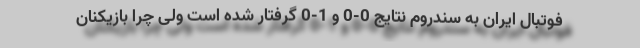
فوتبال ایران به سندروم نتایج 0-0 و 1-0 گرفتار شده است ولی چرا بازیکنان